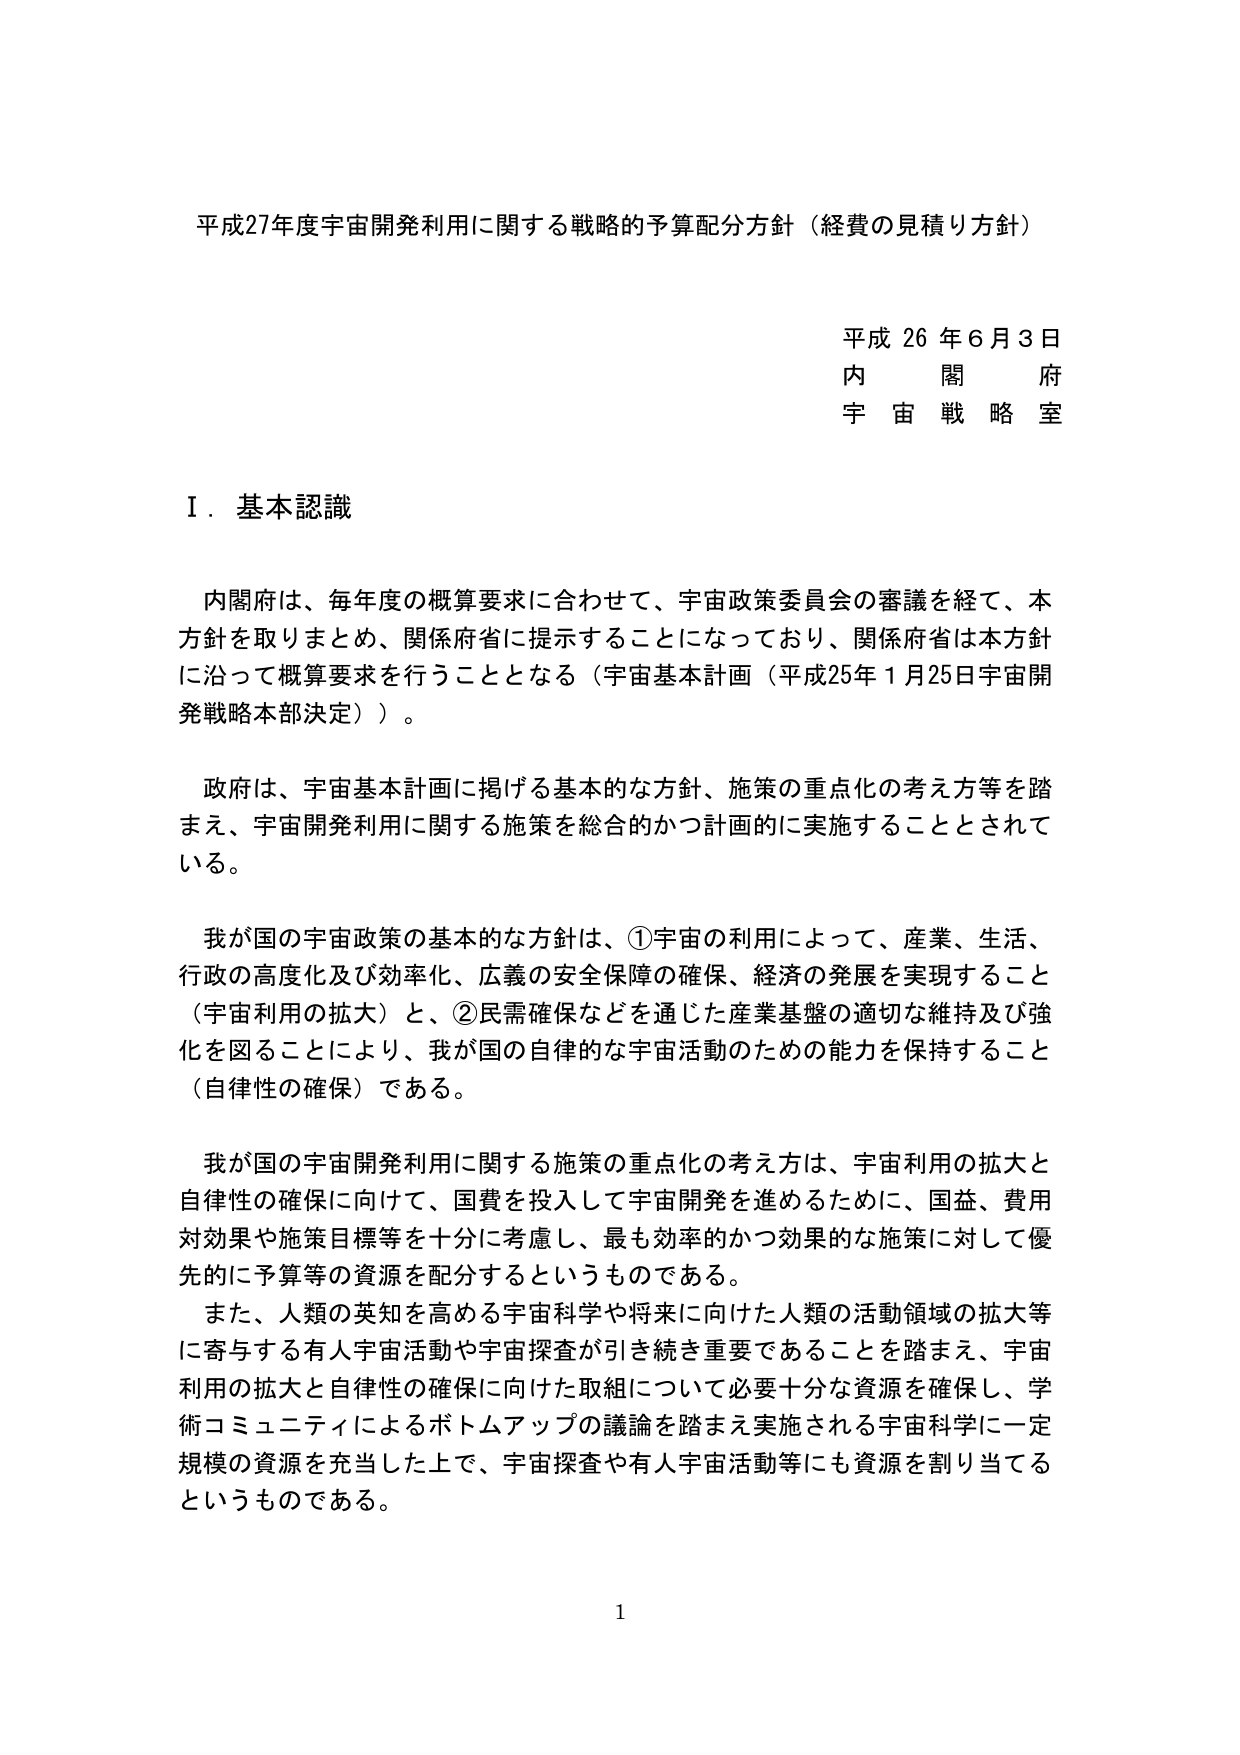
平成27年度宇宙開発利用に関する戦略的予算配分方針（経費の見積り方針）

平成26年6月3日
内閣府
宇宙戦略室

Ⅰ．基本認識

内閣府は、毎年度の概算要求に合わせて、宇宙政策委員会の審議を経て、本方針を取りまとめ、関係府省に提示することになっており、関係府省は本方針に沿って概算要求を行うこととなる（宇宙基本計画（平成25年1月25日宇宙開発戦略本部決定））。

政府は、宇宙基本計画に掲げる基本的な方針、施策の重点化の考え方等を踏まえ、宇宙開発利用に関する施策を総合的かつ計画的に実施することとされている。

我が国の宇宙政策の基本的な方針は、①宇宙の利用によって、産業、生活、行政の高度化及び効率化、広義の安全保障の確保、経済の発展を実現すること（宇宙利用の拡大）と、②民需確保などを通じた産業基盤の適切な維持及び強化を図ることにより、我が国の自律的な宇宙活動のための能力を保持すること（自律性の確保）である。

我が国の宇宙開発利用に関する施策の重点化の考え方は、宇宙利用の拡大と自律性の確保に向けて、国費を投入して宇宙開発を進めるために、国益、費用対効果や施策目標等を十分に考慮し、最も効率的かつ効果的な施策に対して優先的に予算等の資源を配分するというものである。

また、人類の英知を高める宇宙科学や将来に向けた人類の活動領域の拡大等に寄与する有人宇宙活動や宇宙探査が引き続き重要であることを踏まえ、宇宙利用の拡大と自律性の確保に向けた取組について必要十分な資源を確保し、学術コミュニティによるボトムアップの議論を踏まえ実施される宇宙科学に一定規模の資源を充当した上で、宇宙探査や有人宇宙活動等にも資源を割り当てるというものである。

1